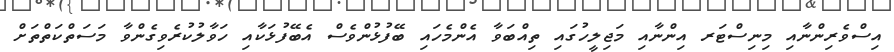
އިސްވެރިންނާއި މިނިސްޓަރ އިންނާއި މަޖިލީހުގައި ތިއްބަވާ އެންމެހައި ބޭފުޅުންވެސް އެބޭފުޅަކާއި ހަވާލުކުރެވިގެންވާ މަސަތްކަތްތަށް